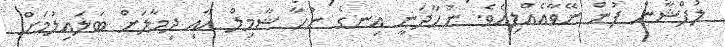
ލުފްޝާން ފުން ނޭވާއެއްލިއެވެ. ނުހާދަނީ އިނގެ ނުހާ ޝާމިލް އާއި ދިމާލަށް ބަލައިލުމަށް